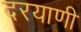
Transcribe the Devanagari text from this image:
दरयाणी